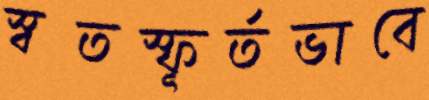
স্বতস্ফূর্তভাবে